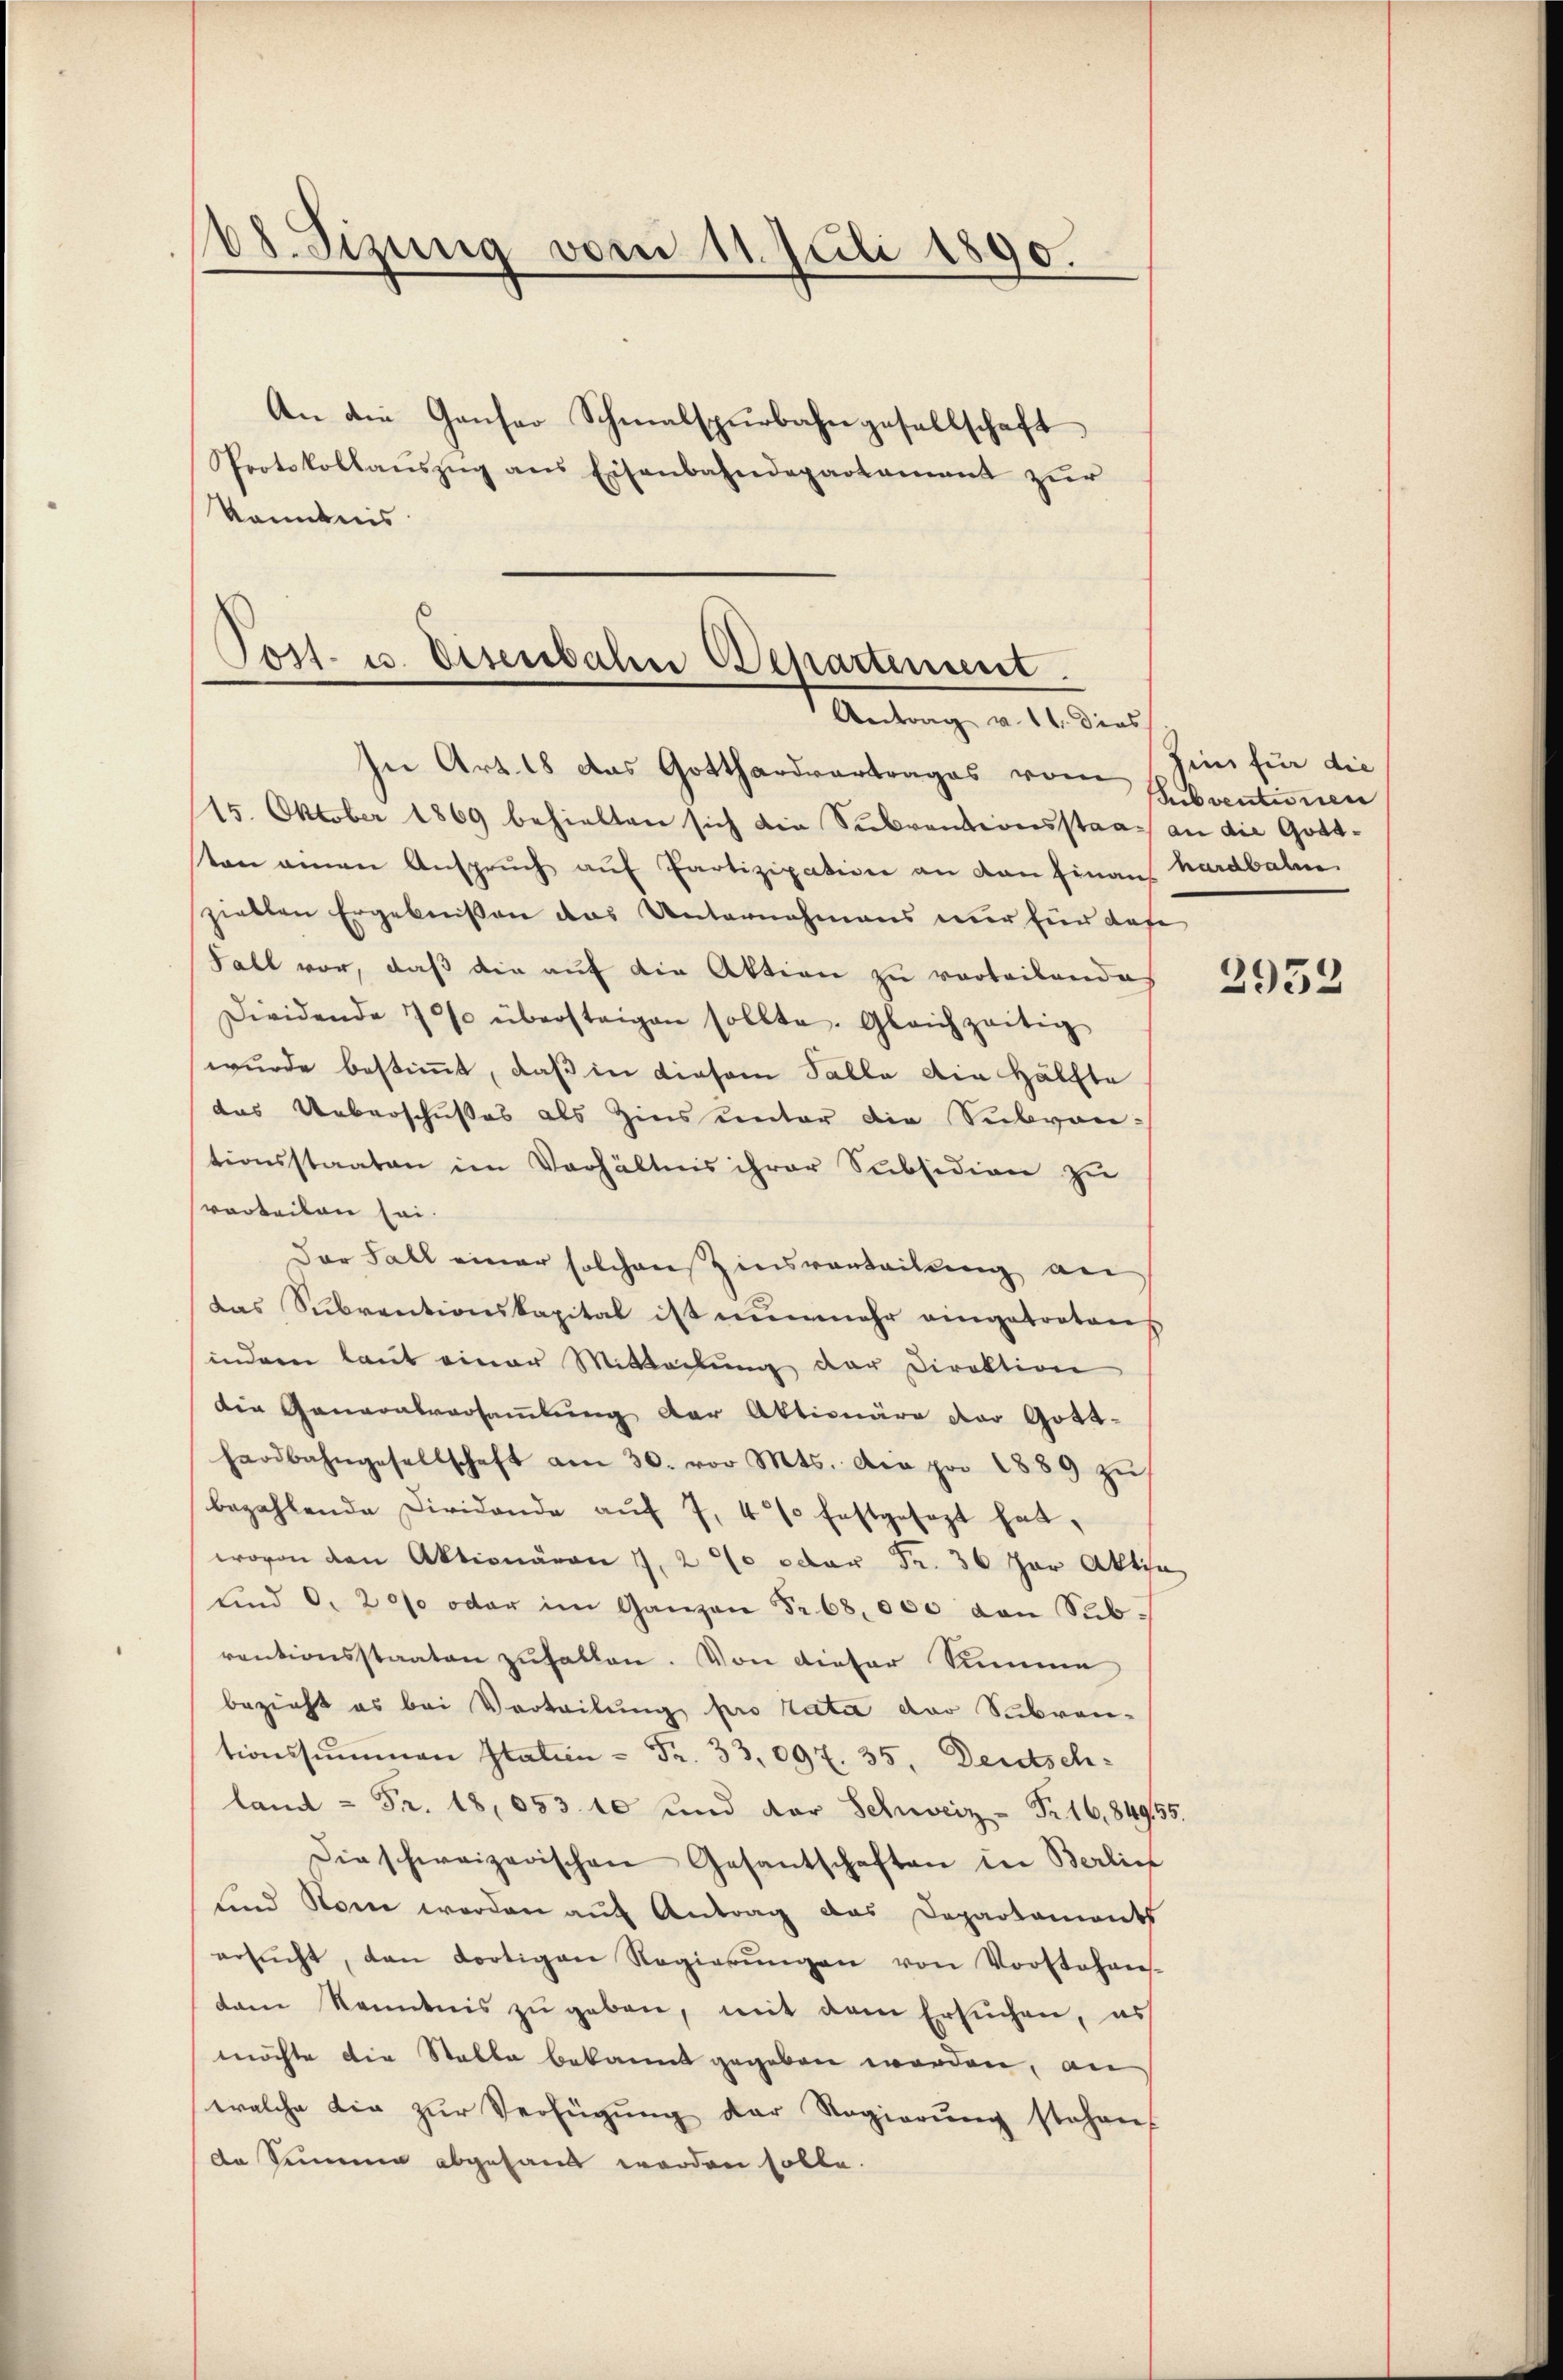
68. Sizung vom 11. Juli 1890.
An die Ganser Schmalspurbahngesellschaft
Protokollaŭszŭg ans Eisenbahndepartamant zŭr

Kenntnis

Post- u. Disenbahn Departement.
Antrag v. 11. dies

In Art. 18 das Gotthardvertrages vom
15. Oktober 1869 behielten sich die Subventionsstaat an die Gott-
ten einen Ansprŭch aŭf Partizipation an dan finan
ziellen Ergebnißen das Unternehmens nur für dase
Fall vor, daß die auf die Aktion zu vorteilendes
Dividende 700 übersteigen sollte. Gleichzeitig
wurde bestimmt, daß in diesem Falle die Hälfte
das Ueberschußes als Zins unter die Subven-
tionsstaaten im Verhältnis ihrer Subsidion zŭ
svorteilen sei.
Der Fall einer solchenszinsvorteilung an
das Subventionskapital ist nunmehr eingetrotens
indem laut einer Mitteilŭng der Direktion
die Generalversammlung der Aktionäre der Gott-
hardbahngesellschaft am 30. vor Mts. die pro 1889 zu
bezahlende Dividande aŭf 7, 4% festgesezt hat,
wovon den Aktionären 1, 2 % oder Fr. 36 Jar Aktie
ŭnd 0. 2000 oder im Ganzen Fr. 68, 000 von Subrentionsstaaten zŭhalten. Von dieser Simme
bezieht es bei Verteilung pro rata der Subven-
tionssummen Italien = Fr. 33,097. 35. Deutsch-
land - Fr. 18,053. 10 und der Schweiz. Nr. 16,84955.
die schweizerischen Gesantschaften in Berlin
und Name werden auf Antrag das Departaments
ersŭcht, dan dortigen Regierŭngen von Vorstehens-
dam Kenntnis zŭ geben, mit dem Ersuchen, es
möchte die Stable bekannt gegeben worden, an
welche die zŭr Verfügŭng der Regierŭng stehen,
da Simmer abgesand werden solle.

hin für die
Subventionen
hardbahn

2952